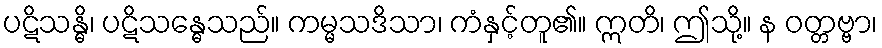
ပဋိသန္ဓိ၊ ပဋိသန္ဓေသည်။ ကမ္မသဒိသာ၊ ကံနှင့်တူ၏။ ဣတိ၊ ဤသို့။ န ဝတ္တဗ္ဗာ၊